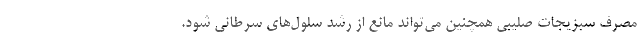
مصرف سبزیجات صلیبی همچنین می‌تواند مانع از رشد سلول‌های سرطانی شود.